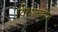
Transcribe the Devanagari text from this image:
विथाल्दास